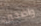
واضحين